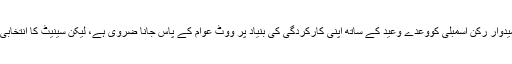
بلاواسطہ انتخابات میں امیدوار رکن اسمبلی کووعدے وعید کے ساتھ اپنی کارکردگی کی بنیاد پر ووٹ عوام کے پاس جانا ضروی ہے، لیکن سینیٹ کا انتخابی عمل بالکل برعکس ہے۔